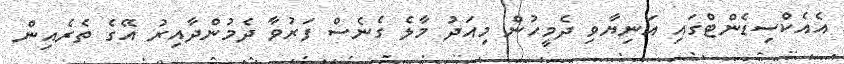
އެއެކްސިޑެންޓްގައި އަނިޔާވި ދެމީހުން މިއަދު މާލެ ގެނެސް ފަރުވާ ދެމުންދާއިރު އޭގެ ތެރެއިން